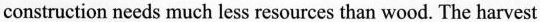
construction needs much less resources than wood. The harvest